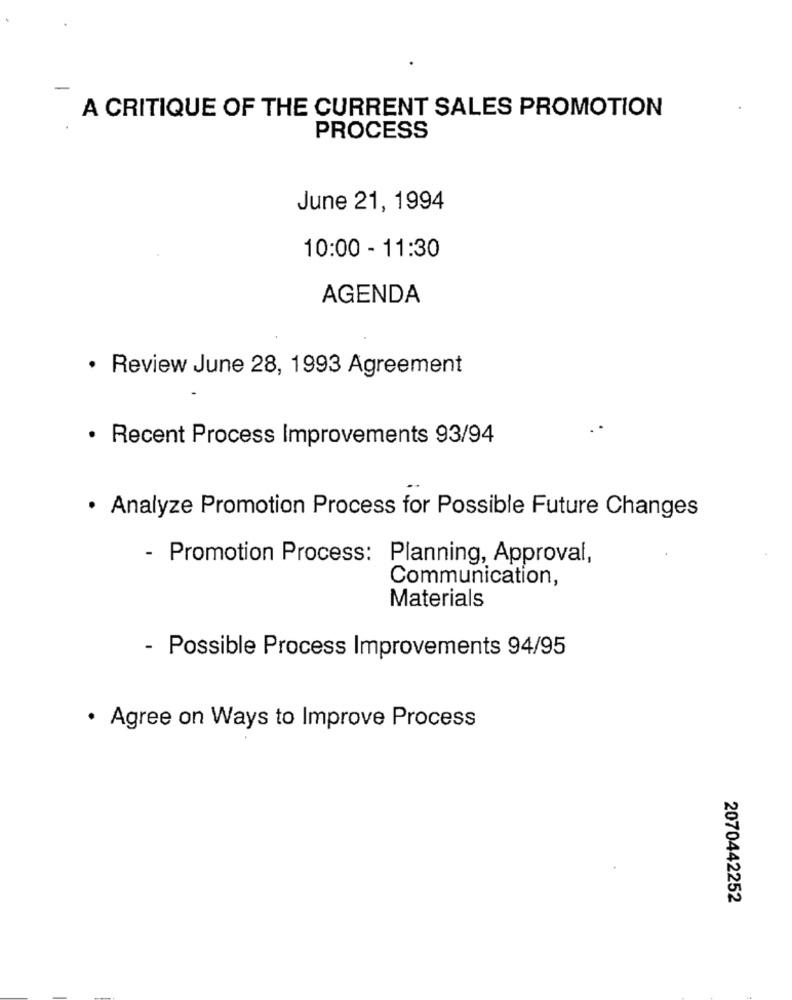
A CRITIQUE OF THE CURRENT SALES PROMOTION
PROCESS
June 21, 1994
10:00 - 11:30
AGENDA
· Review June 28, 1993 Agreement
· Recent Process Improvements 93/94
· Analyze Promotion Process for Possible Future Changes
- Promotion Process: Planning, Approval,
Communication,
Materials
- Possible Process Improvements 94/95
· Agree on Ways to Improve Process
2070442252